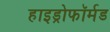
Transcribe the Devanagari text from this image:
हाइड्रोफॉर्मड